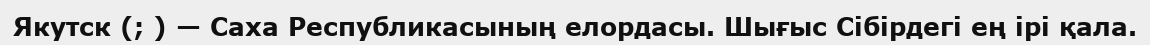
Якутск (; ) — Саха Республикасының елордасы. Шығыс Сібірдегі ең ірі қала.